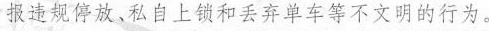
报违规停放、私自上锁和丢弃单车等不文明的行为。